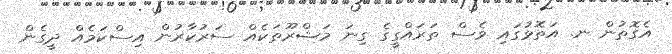
އެގޮތުން ނ. އަތޮޅުގައި ވެސް ތަރައްގީގެ ގިނަ މަޝްރޫތަކެއް ސަރުކާރުން އިސްކަމެއް ދީގެން